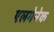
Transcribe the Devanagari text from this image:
एलमेनेक